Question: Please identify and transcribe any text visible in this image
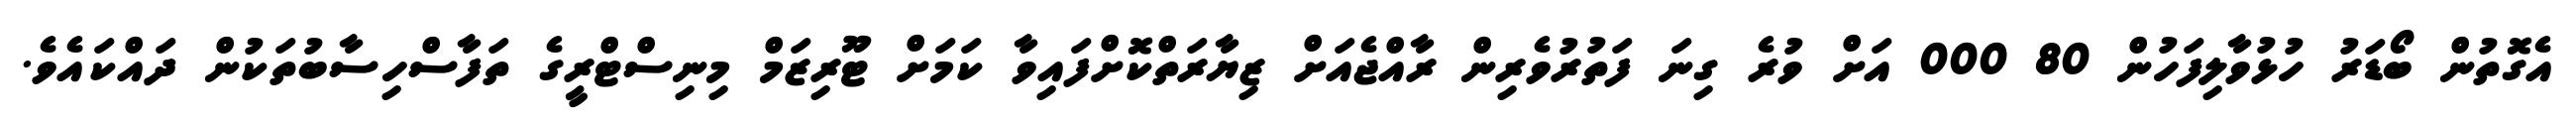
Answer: އެގޮތުން ބޯޑަރު ހުޅުވާލިފަހުން 80 000 އަށް ވުރެ ގިނަ ފަތުރުވެރިން ރާއްޖެއަށް ޒިޔާރަތްކޮށްފައިވާ ކަމަށް ޓޫރިޒަމް މިނިސްޓްރީގެ ތަފާސްހިސާބުތަކުން ދައްކައެވެ.